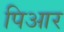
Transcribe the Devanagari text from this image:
पिआर